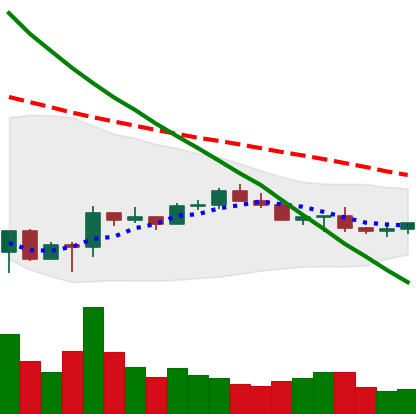
Ticker: LTC-USD
Chart end date: 2022-07-04
Forward return: 3.669%
Label: up_3_5